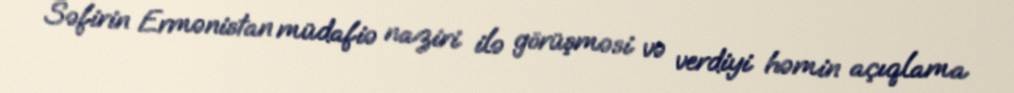
Səfirin Ermənistan müdafiə naziri ilə görüşməsi və verdiyi həmin açıqlama